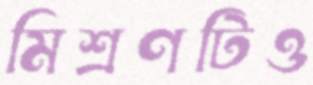
মিশ্রণটিও